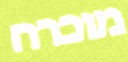
מוכרח